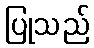
ပြုသည်